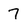
Character: 7